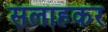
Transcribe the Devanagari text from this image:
सलाहकर